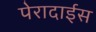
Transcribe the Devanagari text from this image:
पेरादाईस